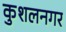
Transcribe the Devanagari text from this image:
कुशलनगर